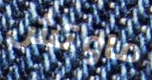
ماوتش